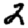
Digit: 2